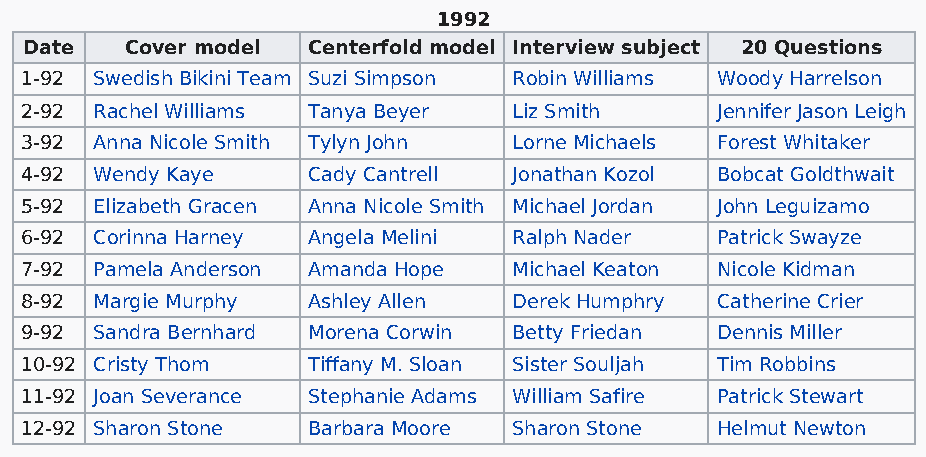
1992
 Date  Cover model Centerfold model Interview subject 20 Questions
 1-92 Swedish Bikini Team Suzi Simpson Robin Williams Woody Harrelson
 2-92 Rachel Williams Tanya Beyer Liz Smith    Jennifer Jason Leigh
 3-92 Anna Nicole Smith Tylyn John Lorne Michaels Forest Whitaker
 4-92 Wendy Kaye    Cady Cantrell Jonathan Kozol Bobcat Goldthwait
 5-92 Elizabeth Gracen Anna Nicole Smith Michael Jordan John Leguizamo
 6-92 Corinna Harney Angela Melini Ralph Nader Patrick Swayze
 7-92 Pamela Anderson Amanda Hope Michael Keaton Nicole Kidman
 8-92 Margie Murphy Ashley Allen  Derek Humphry Catherine Crier
 9-92 Sandra Bernhard Morena Corwin Betty Friedan Dennis Miller
 10-92 Cristy Thom  Tiffany M. Sloan Sister Souljah Tim Robbins
 11-92 Joan Severance Stephanie Adams William Safire Patrick Stewart
 12-92 Sharon Stone Barbara Moore Sharon Stone Helmut Newton